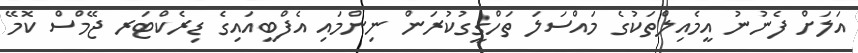
އަލަށް ފެނުނު އީމެއިލްތަކުގެ މައްސަލަ ތަހްގީގުކުރަން ނިންމައި އެފްބީއައިގެ ޑިރެކްޓަރ ޖޭމްސް ކޮމޭ